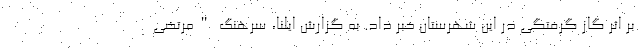
بر اثر گاز گرفتگی در این شهرستان خبر داد. به گزارش ایلنا، سرهنگ "مرتضی